Jaan_Tonisson_(Lasteleht), lk 270
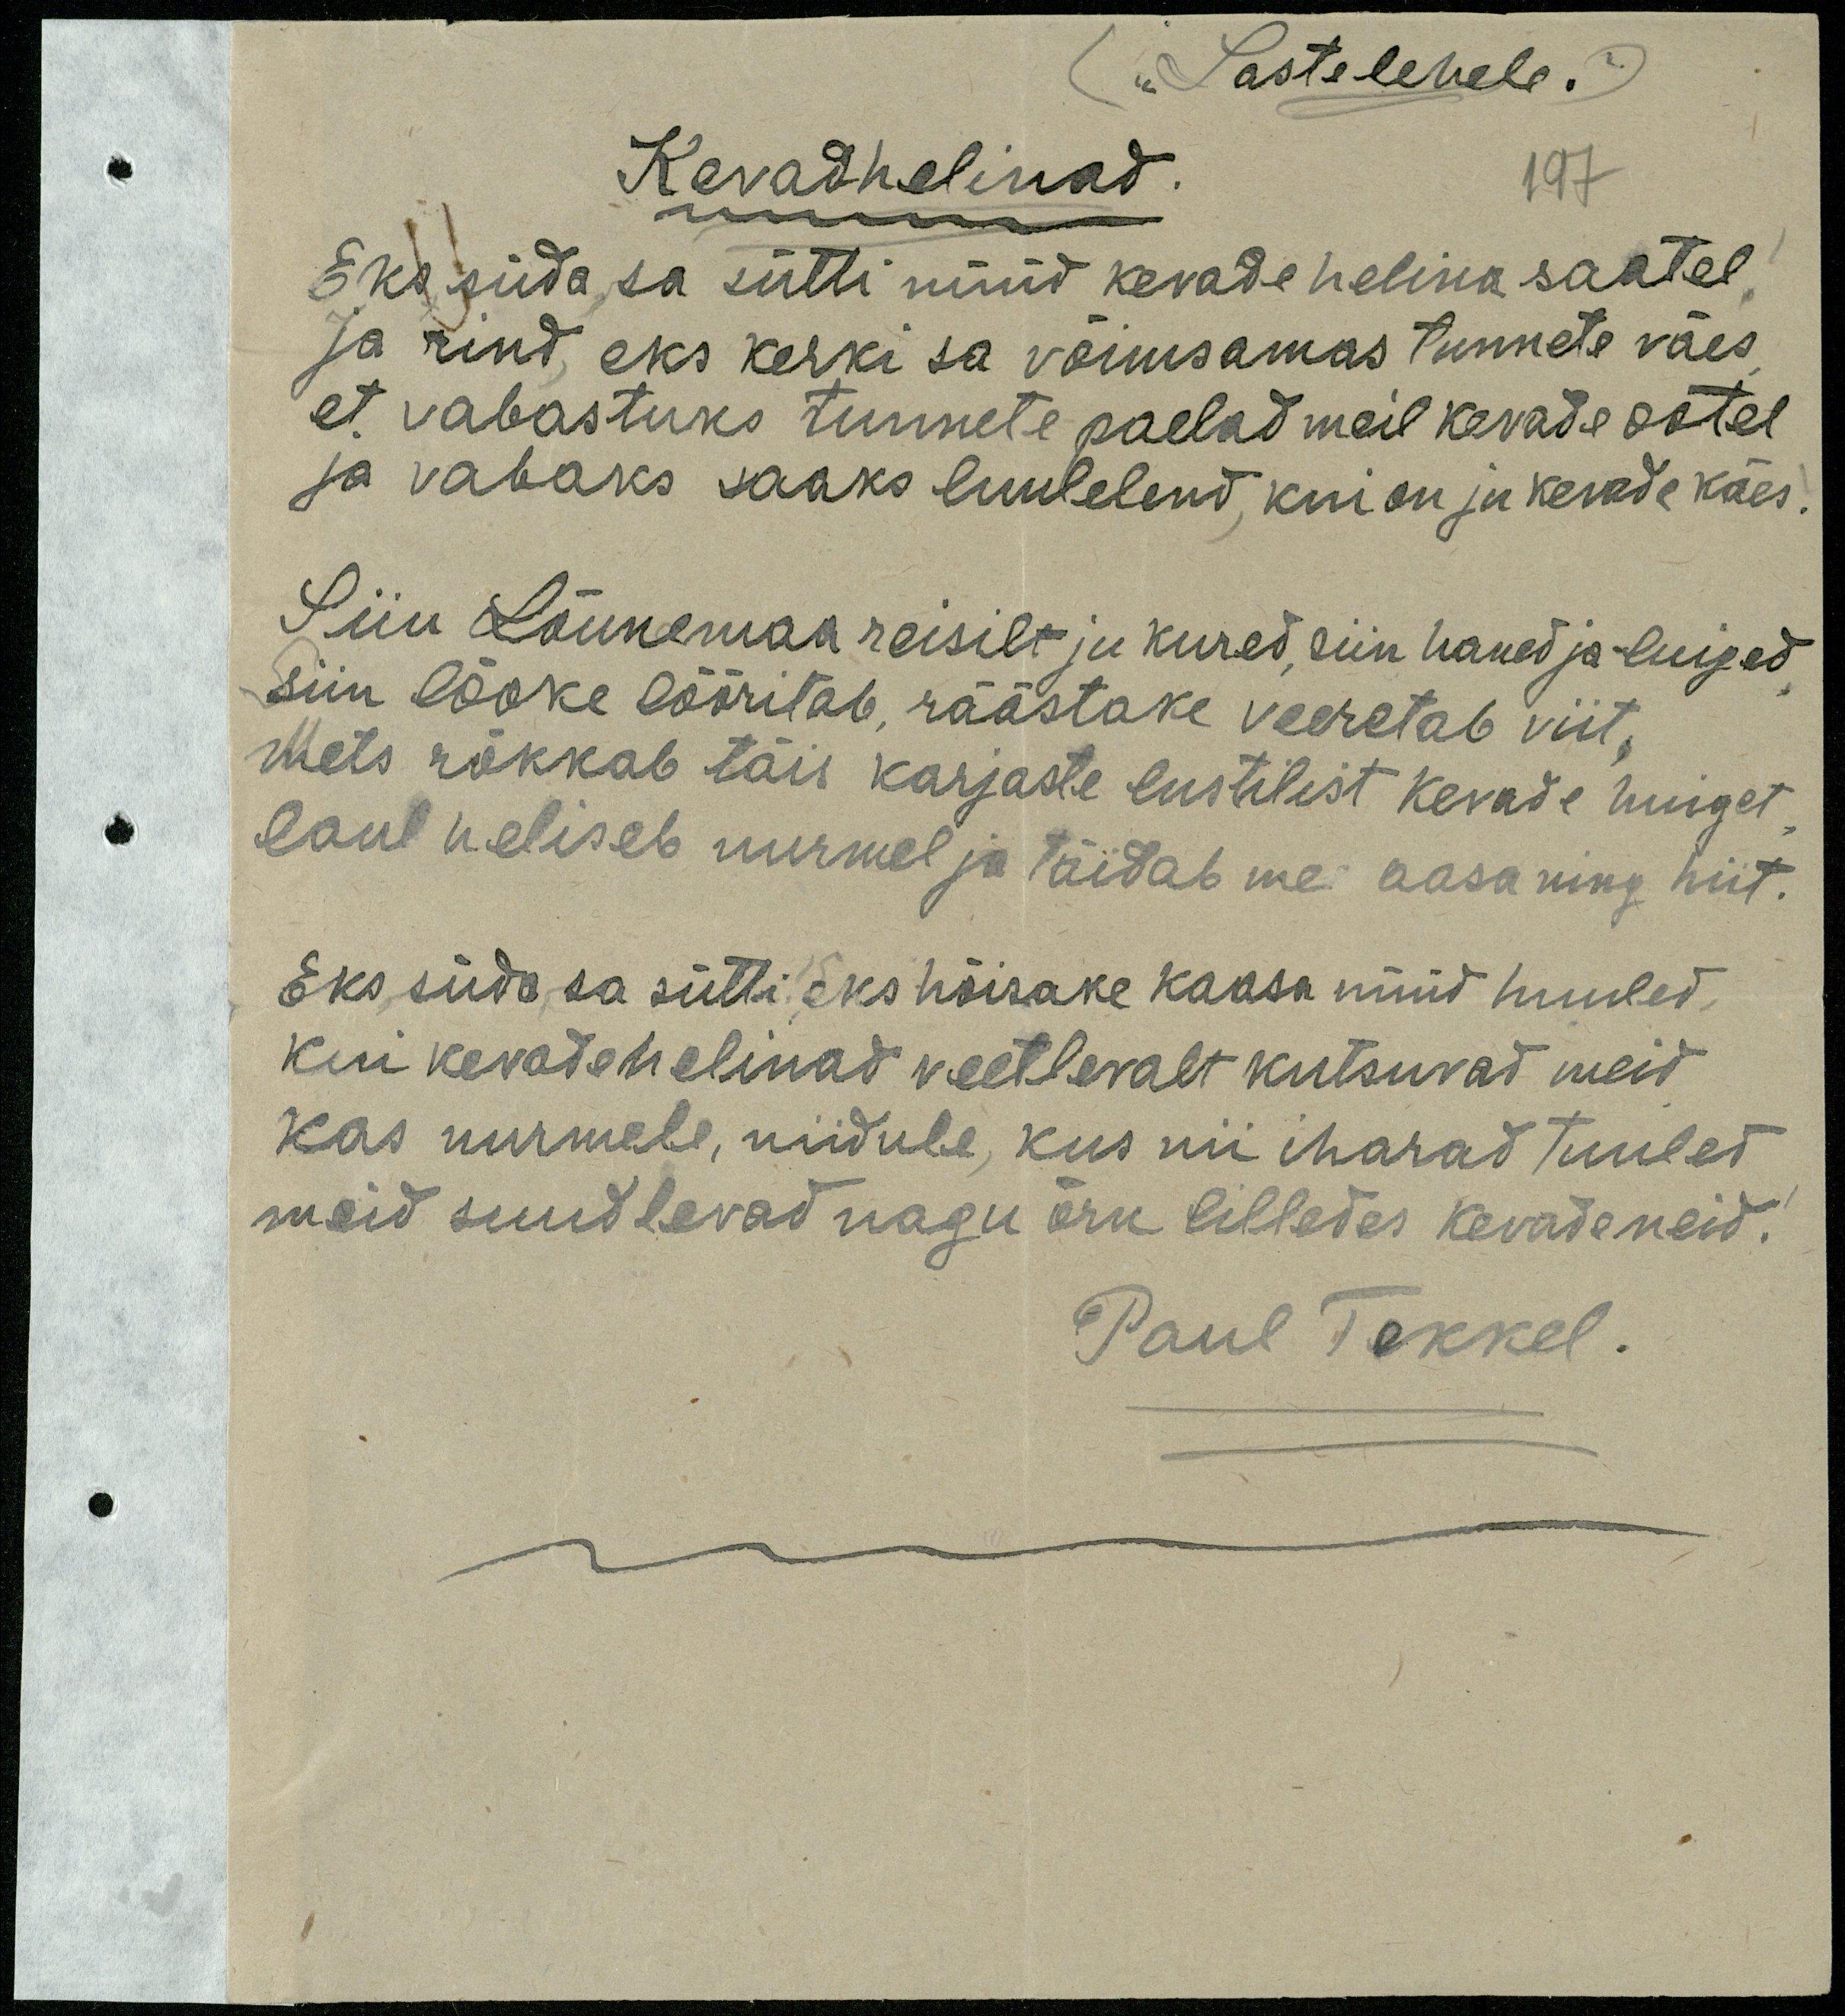
"Lastelehele."
Kevadhelinad
197
Eks süda sa sütti nüüd kevade helina saatel
ja rind, eks kerki sa võimsamas tunnete väes
et vabastuks tunnete paelad meil kevade ootel
ja vabaks saaks luulelend, kui on ju kevade käes.
Siin Lõunemaa reisilt ju kured, siin haned ja luiged
siin lõoke lõõritab, räästake veeretab viit,
mets rõkkab täis karjaste lustilist kevade huiget
laul heliseb nurmel ja täidab me aasa ning hiit.
Eks süda sa sütti eks hõisake kaasa nüüd huuled,
kui kevadehelinad veetlevalt kutsuvad meid
kas nurmele, niidule, kus nii iharad tuuled
meid suudlevad nagu õrn lilledes kevadeneid.
Paul Tekkel.